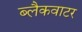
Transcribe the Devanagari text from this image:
ब्लैकवाटर